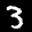
Label: 3